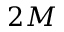
2 M